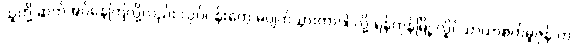
သူတို့ ဆက်အပ်နေကြလို့လည်း လုပ်ငန်းတွေ မပျက်သွားတာပါ လို့ ရန်ကုန်မြို့ လှိုင်သာယာစက်မူဇုန် က